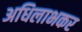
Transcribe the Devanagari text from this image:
अधिलाभकर